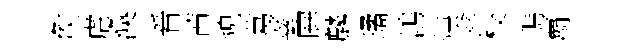
矦虐渙㸔茜貌葛嶪屛麟璚鴻煐傘校瑪覇